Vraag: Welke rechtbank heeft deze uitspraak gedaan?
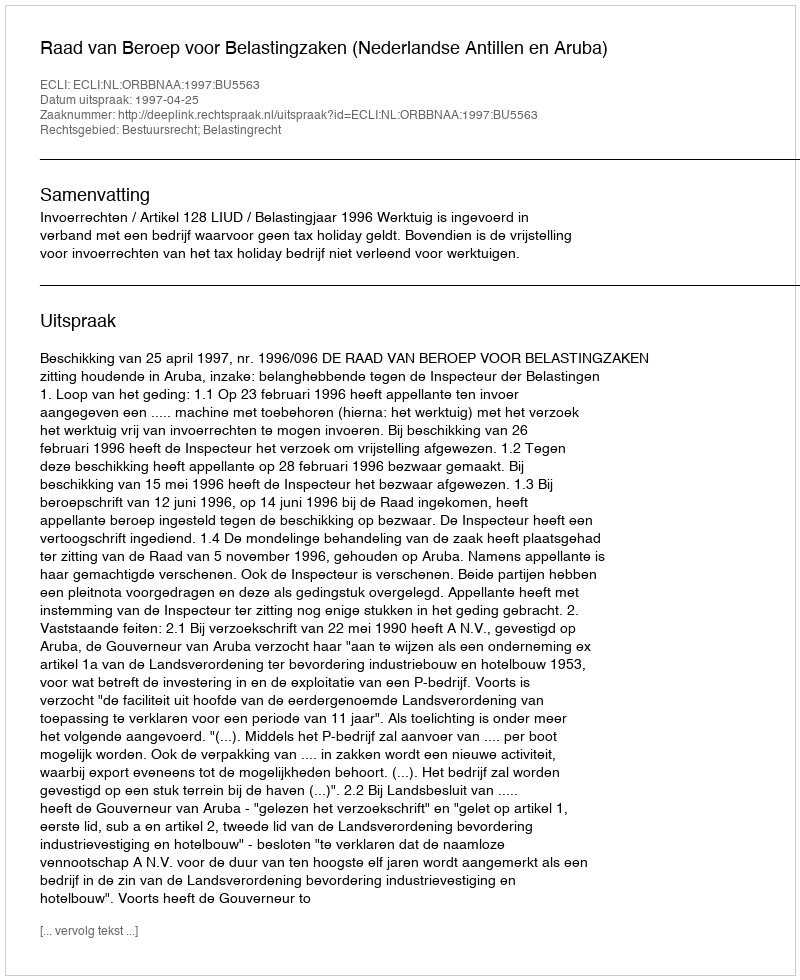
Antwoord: Raad van Beroep voor Belastingzaken (Nederlandse Antillen en Aruba)